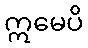
ဣမေပိ